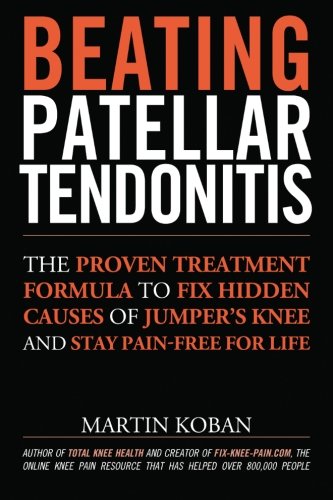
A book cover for Beating Patellar Tendonitis: The Proven Treatment Formula to Fix Hidden Causes of Jumper's Knee and Stay Pain-free for Life; Martin Koban; Health, Fitness & Dieting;